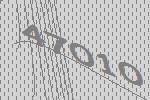
47010